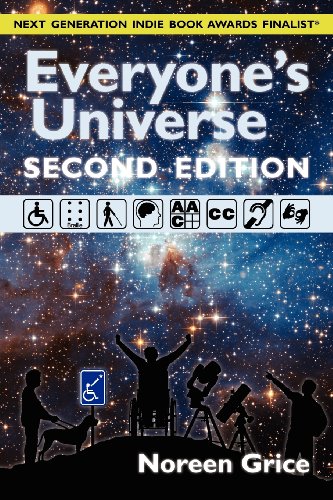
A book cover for Everyone's Universe: A Guide to Accessible Astronomy Places (second edition); Noreen A Grice; Travel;